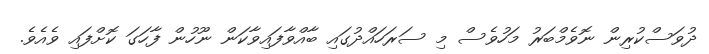
ދުވަސްކުރިން ނޮވެމްބަރު މަހުވެސް މި ސަރަހައްދުގައި ބާއްވާފައިވާކަން ނޫހުން ފާހަގަ ކޮށްފައި ވެއެވެ.